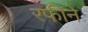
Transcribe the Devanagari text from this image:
रफीने